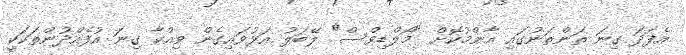
އެފަދަ ގިނަ ތަންތަނުގައި އާންމުކޮށް "މޯލްޑިވްސް" ލޭބަލު އަޅުވައިގެން ވިއްކާ ގިނަ އުފެއްދުންތަކަކީ